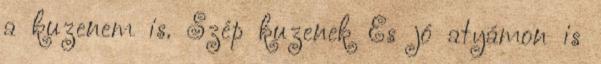
a kuzenem is. Szép kuzenek És jó atyámon is